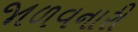
જાળવનારી